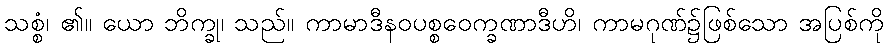
သစ္စံ၊ ၏။ ယော ဘိက္ခု၊ သည်။ ကာမာဒီနဝပစ္စဝေက္ခဏာဒီဟိ၊ ကာမဂုဏ်၌ဖြစ်သော အပြစ်ကို